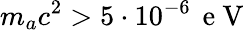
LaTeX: m_{a}c^{2}>5\cdot 10^{-6}\, \mathrm{~e~V~}